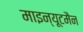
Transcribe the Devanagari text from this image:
माइन्यूटमैन